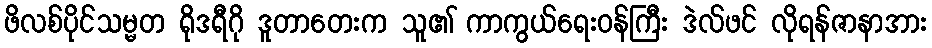
ဖိလစ်ပိုင်သမ္မတ ရိုဒရီဂို ဒူတာတေးက သူ၏ ကာကွယ်ရေးဝန်ကြီး ဒဲလ်ဖင် လိုရန်ဇာနာအား